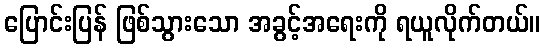
ပြောင်းပြန် ဖြစ်သွားသော အခွင့်အရေးကို ရယူလိုက်တယ်။